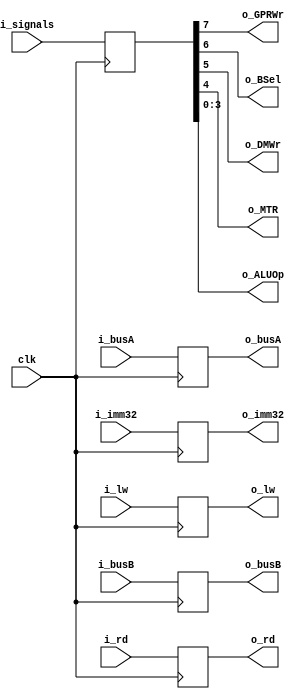
module idex(clk, i_busA, i_busB, i_imm32, i_rd, i_signals, i_lw, o_busA, o_busB, o_imm32, o_rd, o_GPRWr, o_BSel, o_DMWr, o_MTR, o_ALUOp, o_lw);
    input   [31:0]  i_busA;
    input   [31:0]  i_busB;
    input   [31:0]  i_imm32;
    input   [7:0]   i_signals;
    input   [4:0]   i_rd;
    input           i_lw;
    input           clk;
    output  [31:0]  o_busA;
    output  [31:0]  o_busB;
    output  [31:0]  o_imm32;
    output  [4:0]   o_rd;
    output  [3:0]   o_ALUOp;
    output          o_GPRWr, o_BSel, o_DMWr, o_MTR, o_lw;

    reg     [31:0]  busA;
    reg     [31:0]  busB;
    reg     [31:0]  imm32;
    // GPRWr, BSel, DMWr, MTR, ALUOp[3:0]
    reg     [7:0]   signals;
    reg     [4:0]   rd;
    reg             lw;

    always @(posedge clk) begin
        busA <= i_busA;
        busB <= i_busB;
        imm32 <= i_imm32;
        signals <= i_signals;
        rd <= i_rd;
        lw <= i_lw;
    end

    assign  o_busA = busA;
    assign  o_busB = busB;
    assign  o_imm32 = imm32;
    assign  o_rd = rd;
    assign  o_GPRWr = signals[7];
    assign  o_BSel = signals[6];
    assign  o_DMWr = signals[5];
    assign  o_MTR = signals[4];
    assign  o_ALUOp = signals[3:0];
    assign  o_lw = lw;
endmodule // idex